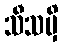
သီသမှိ